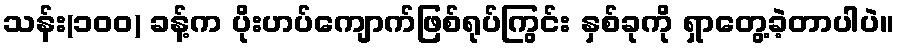
သန်း(၁၀၀) ခန့်က ပိုးဟပ်ကျောက်ဖြစ်ရုပ်ကြွင်း နှစ်ခုကို ရှာတွေ့ခဲ့တာပါပဲ။